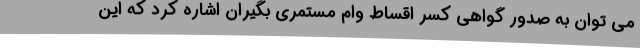
می توان به صدور گواهی کسر اقساط وام مستمری بگیران اشاره کرد که این